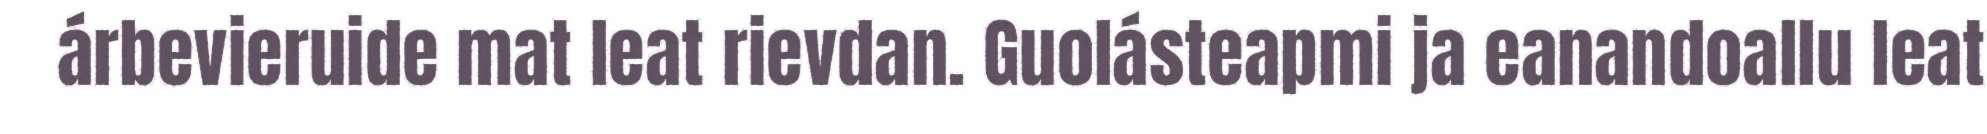
árbevieruide mat leat rievdan. Guolásteapmi ja eanandoallu leat